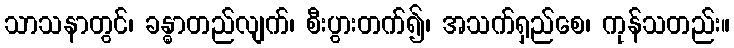
သာသနာတွင်၊ ခန္ဓာတည်လျက်၊ စီးပွားတက်၍၊ အသက်ရှည်စေ၊ ကုန်သတည်း။